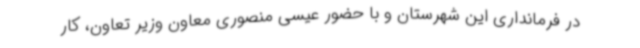
در فرمانداری این شهرستان و با حضور عیسی منصوری معاون وزیر تعاون، کار